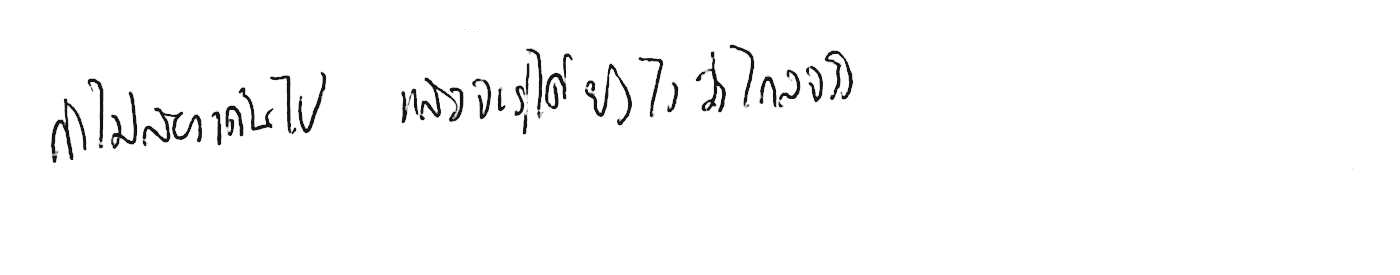
ถ้าไม่ลองเดินไป แล้วจะรู้ได้ยังไงว่าไกลจริง